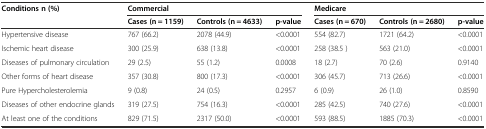
| <ROWSPAN=2> Conditions n (%) | <COLSPAN=3> Commercial | <COLSPAN=3> Medicare |
 | Cases (n = 1159) | Controls (n = 4633) | p-value | Cases (n = 670) | Controls (n = 2680) | p-value |
 | --- | --- | --- | --- | --- | --- | --- |
 | Hypertensive disease | 767 (66.2) | 2078 (44.9) | <0.0001 | 554 (82.7) | 1721 (64.2) | <0.0001 |
 | Ischemic heart disease | 300 (25.9) | 638 (13.8) | <0.0001 | 258 (38.5 ) | 563 (21.0) | <0.0001 |
 | Diseases of pulmonary circulation | 29 (2.5) | 55 (1.2) | 0.0008 | 18 (2.7) | 70 (2.6) | 0.9140 |
 | Other forms of heart disease | 357 (30.8) | 800 (17.3) | <0.0001 | 306 (45.7) | 713 (26.6) | <0.0001 |
 | Pure Hypercholesterolemia | 9 (0.8) | 24 (0.5) | 0.2957 | 6 (0.9) | 26 (1.0) | 0.8590 |
 | Diseases of other endocrine glands | 319 (27.5) | 754 (16.3) | <0.0001 | 285 (42.5) | 740 (27.6) | <0.0001 |
 | At least one of the conditions | 829 (71.5) | 2317 (50.0) | <0.0001 | 593 (88.5) | 1885 (70.3) | <0.0001 |